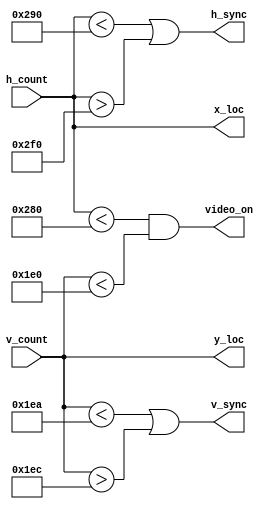
`timescale 1ns / 1ps
//////////////////////////////////////////////////////////////////////////////////
// Company: 
// Engineer: 
// 
// Design Name: 
// Module Name: vga_sync
// Project Name: 
// Target Devices: 
// Tool Versions: 
// Description: 
// 
// Dependencies: 
// 
// Revision:
// Revision 0.01 - File Created
// Additional Comments:
// 
//////////////////////////////////////////////////////////////////////////////////


module vga_sync(
    input [9:0] h_count,
    input [9:0] v_count,
    output h_sync,
    output v_sync,
    output video_on,
    output [9:0] x_loc,
    output [9:0] y_loc
    );
    // horizontal
    localparam HD = 640;// Horizontal Display Area
    localparam HF = 16;// Horizontal (Front Porch) Right Border
    localparam HB = 48;// Horizontal (Back Porch) Left Border
    localparam HR = 96;// Horizontal Retrace
    // vertical
    localparam VD = 480;// Vertical Display Area
    localparam VF = 10;// Vertical (Front Porch) Bottom Border
    localparam VB = 33;// Vertical (Back Porch)Top Border
    localparam VR = 2;// Vertical Retrace
    
    assign x_loc = h_count;
    assign y_loc = v_count;
    assign h_sync = h_count < (HD + HF) || h_count > (HD + HF + HR);
    assign v_sync = v_count < (VD + VF) || v_count > (VD + VF + VR);
    assign video_on = h_count < HD && v_count < VD; 
    endmodule // vga_sync